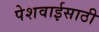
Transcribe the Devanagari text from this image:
पेशवाईसाठी